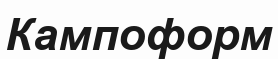
Кампоформ